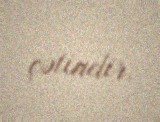
çətindir.